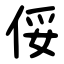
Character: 俀